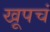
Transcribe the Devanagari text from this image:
खूपचं